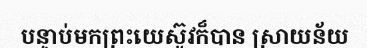
បន្ទាប់មកព្រះយេស៊ូវក៏បាន ស្រាយន័យ